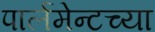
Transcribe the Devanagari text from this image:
पार्लमेन्टच्या